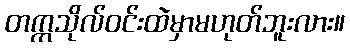
တက္ကသိုလ်ဝင်းထဲမှာမဟုတ်ဘူးလား။